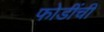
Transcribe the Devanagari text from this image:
फोडींची